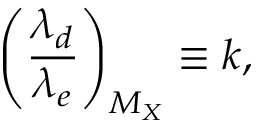
\left( \frac { \lambda _ { d } } { \lambda _ { e } } \right) _ { M _ { X } } \equiv k ,